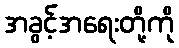
အခွင့်အရေးတို့ကို